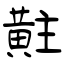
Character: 黈